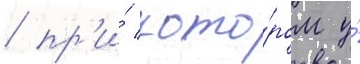
/ пр'и́ кото́ром у́